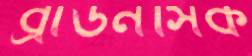
ব্রাউনসিক